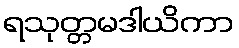
ရသုတ္တမဒါယိကာ